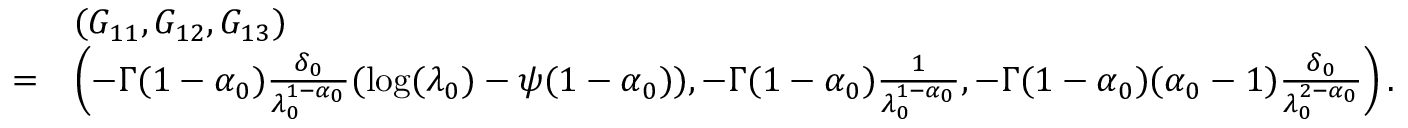
\begin{array} { r l } & { ( G _ { 1 1 } , G _ { 1 2 } , G _ { 1 3 } ) } \\ { = } & { \left( - \Gamma ( 1 - \alpha _ { 0 } ) \frac { \delta _ { 0 } } { \lambda _ { 0 } ^ { 1 - \alpha _ { 0 } } } ( \log ( \lambda _ { 0 } ) - \psi ( 1 - \alpha _ { 0 } ) ) , - \Gamma ( 1 - \alpha _ { 0 } ) \frac { 1 } { \lambda _ { 0 } ^ { 1 - \alpha _ { 0 } } } , - \Gamma ( 1 - \alpha _ { 0 } ) ( \alpha _ { 0 } - 1 ) \frac { \delta _ { 0 } } { \lambda _ { 0 } ^ { 2 - \alpha _ { 0 } } } \right) . } \end{array}